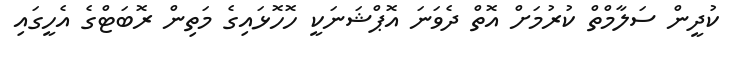
ކުދީން ސަލާމްތް ކުރުމަށް އޮތް ދެވަނަ އޮޕްޝަނަކީ ހޮހޮޅައިގެ މަތިން ރޮބަޓްގެ އެހީގައި